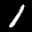
Label: 1